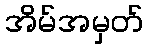
အိမ်အမှတ်